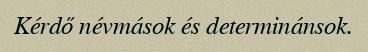
Kérdő névmások és determinánsok.